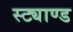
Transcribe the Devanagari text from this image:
स्ट्याण्ड